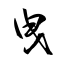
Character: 曳